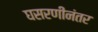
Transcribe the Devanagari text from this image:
घसरणीनंतर